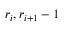
r _ { i } , r _ { i + 1 } - 1